Indian journal of veterinary science and animal husbandry - Volume 5,
Year: 1935
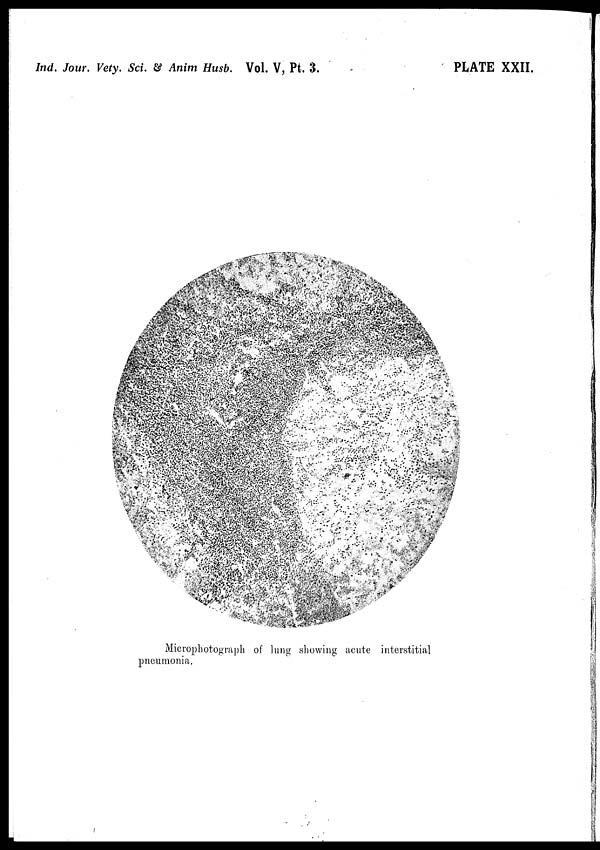
Ind. Jour. Vety. Sci. & Anim Husb. Vol. V, Pt. 3.
PLATE XXII.
Microphotograph of lung showing acute interstitial
pneumonia.